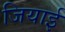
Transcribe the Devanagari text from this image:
जियाई